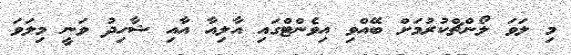
މި ލަވަ ލޯންޗްކުުރުމަށް ބޭއްވި އިވެންޓްގައި އާލިއާ އާއި ޝާހިދު ވަނީ މިލަވަ